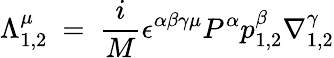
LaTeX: \Lambda_{1,2}^{\mu}~=~{\frac{i}{M}}\epsilon^{\alpha\beta\gamma\mu}P^{\alpha}p_{1,2}^{\beta}\nabla_{1,2}^{\gamma}